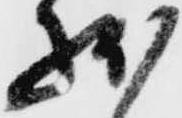
状